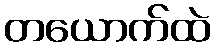
တယောက်ထဲ